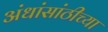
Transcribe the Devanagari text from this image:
अंधांसांठीच्या